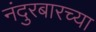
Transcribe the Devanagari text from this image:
नंदुरबारच्या